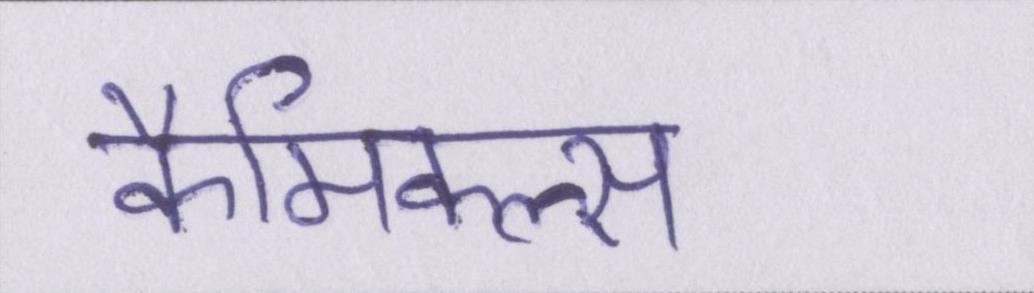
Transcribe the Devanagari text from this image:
कैमिकल्स